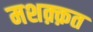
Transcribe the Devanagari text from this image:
मशक़्क़त